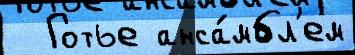
  Готье анса́мбл'ем